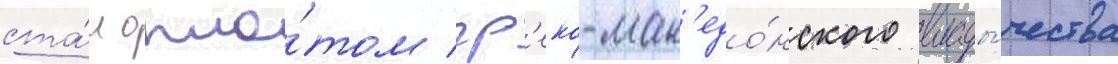
ста́л опло́том гр'еко-мак'едо́нского влады́чества